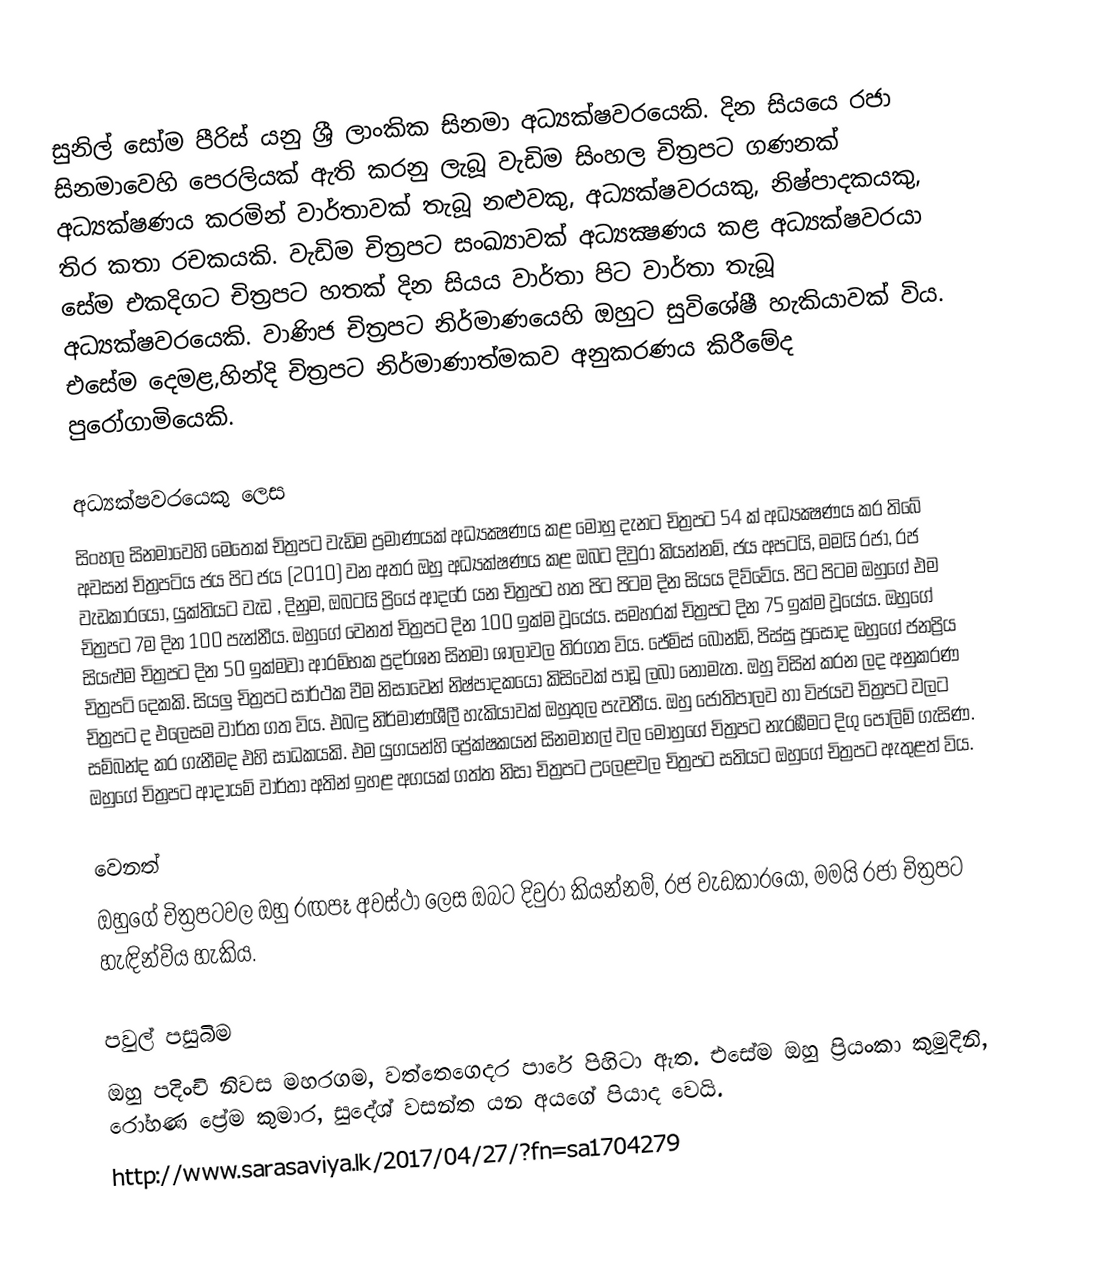
සුනිල් සෝම පීරිස් යනු ශ්‍රී ලාංකික සිනමා අධ්‍යක්ෂවරයෙකි. දින සියයෙ රජා සිනමාවෙහි පෙරලියක් ඇති කරනු ලැබූ වැඩිම සිංහල චිත්‍රපට ගණනක් අධ්‍යක්ෂණය කරමින් වාර්තාවක් තැබූ නළුවකු, අධ්‍යක්ෂවරයකු, නිෂ්පාදකයකු, තිර කතා රචකයකි. වැඩිම චිත්‍රපට සංඛ්‍යාවක් අධ්‍යක්‍ෂණය කළ අධ්‍යක්ෂවරයා සේම එකදිගට චිත්‍රපට හතක් දින සියය වාර්තා පිට වාර්තා තැබූ අධ්‍යක්ෂවරයෙකි. වාණිජ චිත්‍රපට නිර්මාණයෙහි ඔහුට සුවිශේෂී හැකියාවක් විය. එසේම දෙමළ,හින්දි චිත්‍රපට නිර්මාණාත්මකව අනුකරණය කිරීමේද පුරෝගාමියෙකි.

අධ්‍යක්ෂවරයෙකු ලෙස
සිංහල සිනමාවෙහි මෙතෙක් චිත්‍රපට වැඩිම ප්‍රමාණයක් අධ්‍යක්‍ෂණය කළ මොහු දැනට චිත්‍රපට 54 ක් අධ්‍යක්‍ෂණය කර තිබේ අවසන් චිත්‍රපටිය ජය පිට ජය (2010) වන අතර ඔහු අධ්‍යක්ෂණය කළ ඔබට දිවුරා කියන්නම්, ජය අපටයි, මමයි රජා, රජ වැඩකාරයෝ, යුක්තියට වැඩ , දිනුම, ඔබටයි ප්‍රියේ ආදරේ යන චිත්‍රපට හත පිට පිටම දින සියය දිව්වේය. පිට පිටම ඔහුගේ එම චිත්‍රපට 7ම දින 100 පැන්නීය. ඔහුගේ වෙනත් චිත්‍රපට දින 100 ඉක්ම වූයේය. සමහරක් චිත්‍රපට දින 75 ඉක්ම වූයේය. ඔහුගේ සියළුම චිත්‍රපට දින 50 ඉක්මවා ආරම්භක ප්‍රදර්ශන සිනමා ශාලාවල තිරගත විය. ජේම්ස් බොන්ඩ්, පිස්සු පූසෝද ඔහුගේ ජනප්‍රිය චිත්‍රපටි දෙකකි. සියලු චිත්‍රපට සාර්ථක වීම නිසාවෙන් නිෂ්පාදකයෝ කිසිවෙක් පාඩූ ලබා නොමැත. ඔහු විසින් කරන ලද අනුකරණ චිත්‍රපට ද එලෙසම වාර්ත ගත විය. එබඳු නිර්මාණශීලී හැකියාවක් ඔහුතුල පැවතීය. ඔහු ජෝතිපාලව හා විජයව චිත්‍රපට වලට සම්බන්ද කර ගැනීමද එහි සාධකයකි. එම යුගයන්හි ප්‍රේක්ෂකයන් සිනමාහල් වල මොහුගේ චිත්‍රපට නැරඹීමට දිගු පෝලිම් ගැසිණ. ඔහුගේ චිත්‍රපට ආදායම් වාර්තා අතින් ඉහළ අගයක් ගත්ත නිසා චිත්‍රපට උලෙළවල චිත්‍රපට සතියට ඔහුගේ චිත්‍රපට ඇතුළත් විය.

වෙනත්
ඔහුගේ චිත්‍රපටවල ඔහු රඟපෑ අවස්ථා ලෙස ඔබට දිවුරා කියන්නම්, රජ වැඩකාරයෝ, මමයි රජා චිත්‍රපට හැඳින්විය හැකිය.

පවුල් පසුබිම
ඔහු පදිංචි නිවස මහරගම, වත්තෙගෙදර පාරේ පිහිටා ඇත. එසේම ඔහු ප්‍රියංකා කුමුදිනි, රෝහණ ප්‍රේම කුමාර, සුදේශ් වසන්ත යන අයගේ පියාද වෙයි.
http://www.sarasaviya.lk/2017/04/27/?fn=sa1704279